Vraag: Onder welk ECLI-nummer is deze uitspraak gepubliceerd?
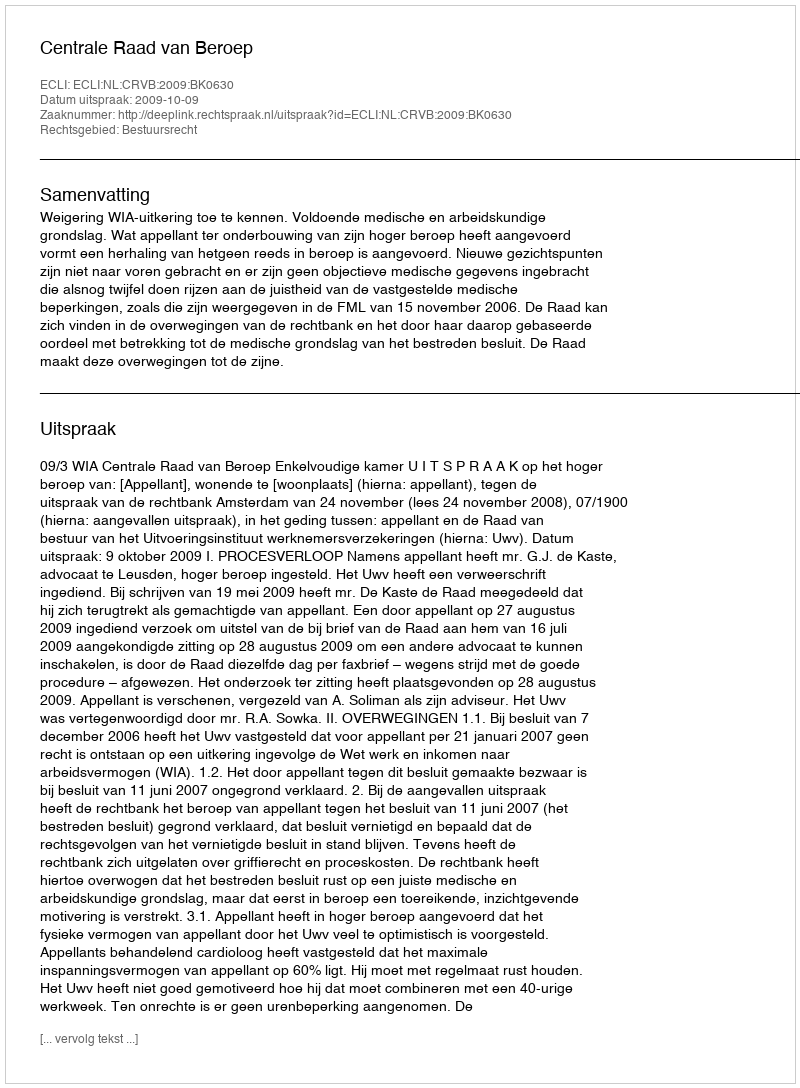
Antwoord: ECLI:NL:CRVB:2009:BK0630